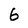
Character: 6